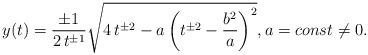
LaTeX: \begin{align*} y(t) = \frac{\pm 1}{2\,t^{\pm1}} \sqrt{4\, t^{\pm2} - a \left(t^{\pm2} - \frac{b^2}{a}\right)^2}, a = const \neq 0.\end{align*}